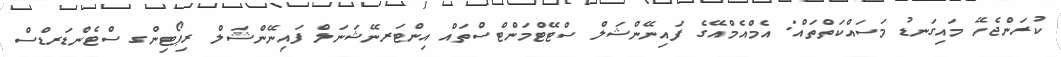
ކުރަންޖެހޭ މައިގަނޑު މަސައްކަތްތައް: އެމްއެމްއޭގެ ފައިނޭންޝަލް ސްޓޭޓްމަންޓްސްތައް އިންޓަރނޭޝަނަލް ފައިނޭންޝަލް ރިޕޯޓިންގ ސްޓެންޑަރޑްސް